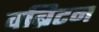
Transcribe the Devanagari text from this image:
वब्रिटन